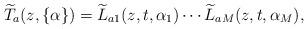
LaTeX: \begin{align*}\widetilde{T}_{a}(z,\{ \alpha \})=\widetilde{L}_{a 1}(z,t,\alpha_1) \cdots \widetilde{L}_{a M}(z,t,\alpha_M),\end{align*}